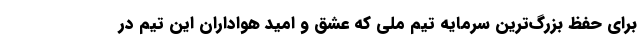
برای حفظ بزرگ‌ترین سرمایه تیم ملی که عشق و امید هواداران این تیم در